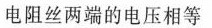
电阻丝两端的电压相等